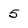
Character: 5